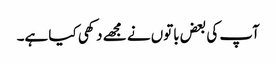
آپ کی بعض باتوں نے مجھے دکھی کیا ہے۔